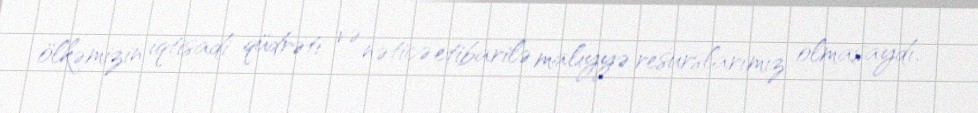
ölkəmizin iqtisadi qüdrəti və nəticə etibarilə maliyyə resurslarımız olmasaydı,